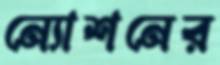
ন্যোশনের